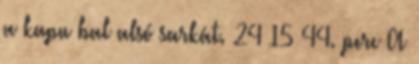
a kapu bal alsó sarkát. 24–15 44. perc A